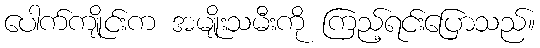
ပေါက်ကျိုင်းက အမျိုးသမီးကို ကြည့်ရင်းပြောသည်။